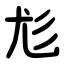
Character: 尨